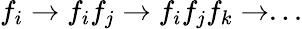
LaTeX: f_{i}\to f_{i}f_{j}\to f_{i}f_{j}f_{k}\to...